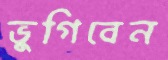
ভুগিবেন